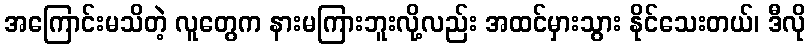
အကြောင်းမသိတဲ့ လူတွေက နားမကြားဘူးလို့လည်း အထင်မှားသွား နိုင်သေးတယ်၊ ဒီလို